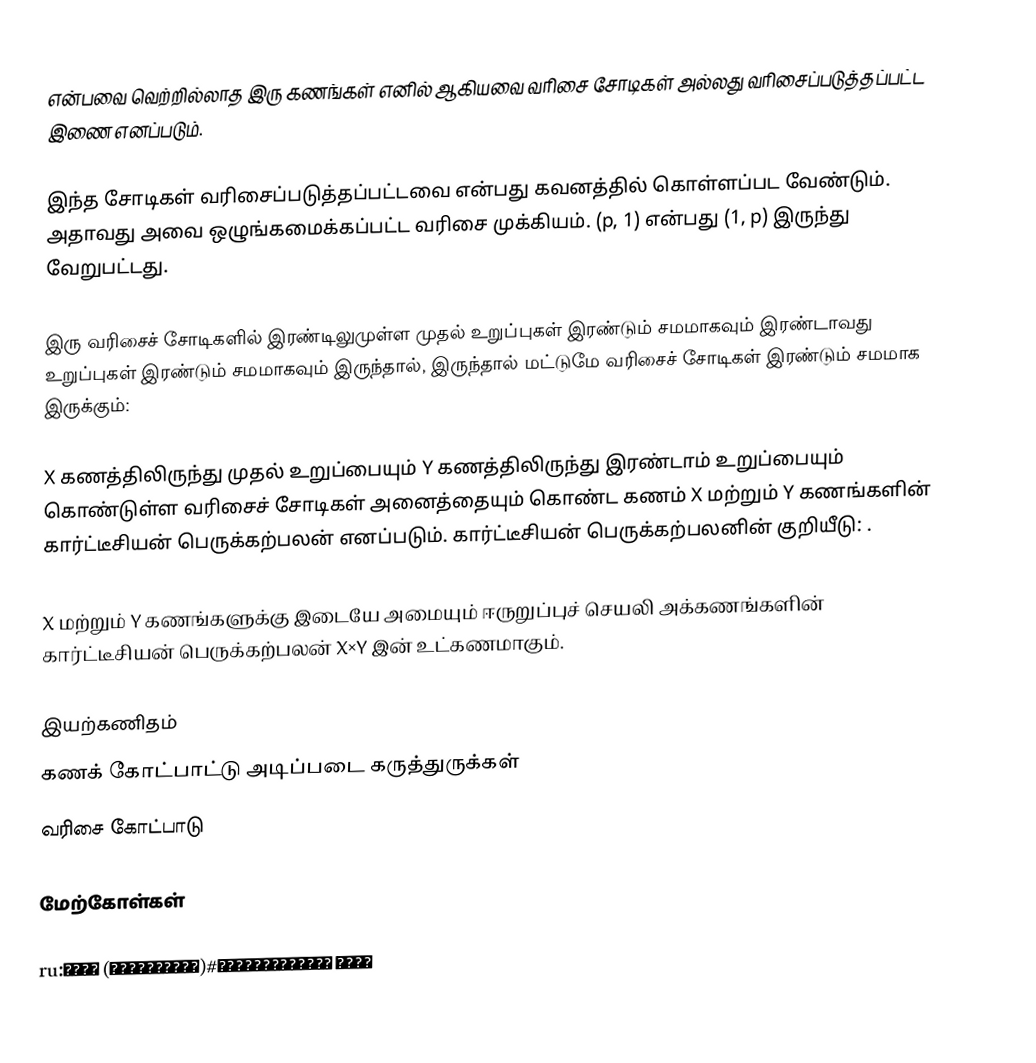
என்பவை வெற்றில்லாத இரு கணங்கள் எனில்  ஆகியவை வரிசை சோடிகள் அல்லது வரிசைப்படுத்தப்பட்ட இணை எனப்படும்.

இந்த சோடிகள் வரிசைப்படுத்தப்பட்டவை என்பது கவனத்தில் கொள்ளப்பட வேண்டும். அதாவது அவை ஒழுங்கமைக்கப்பட்ட வரிசை முக்கியம். (p, 1) என்பது (1, p) இருந்து வேறுபட்டது.

இரு வரிசைச் சோடிகளில் இரண்டிலுமுள்ள முதல் உறுப்புகள் இரண்டும் சமமாகவும்  இரண்டாவது உறுப்புகள் இரண்டும் சமமாகவும் இருந்தால், இருந்தால் மட்டுமே வரிசைச் சோடிகள் இரண்டும் சமமாக இருக்கும்:

X கணத்திலிருந்து முதல் உறுப்பையும் Y கணத்திலிருந்து இரண்டாம் உறுப்பையும் கொண்டுள்ள வரிசைச் சோடிகள் அனைத்தையும் கொண்ட கணம்  X மற்றும் Y கணங்களின் கார்ட்டீசியன் பெருக்கற்பலன் எனப்படும். கார்ட்டீசியன் பெருக்கற்பலனின் குறியீடு: .

X மற்றும் Y கணங்களுக்கு இடையே அமையும் ஈருறுப்புச் செயலி அக்கணங்களின் கார்ட்டீசியன் பெருக்கற்பலன் X×Y இன் உட்கணமாகும்.

இயற்கணிதம்
கணக் கோட்பாட்டு அடிப்படை கருத்துருக்கள்
வரிசை கோட்பாடு

மேற்கோள்கள்

ru:Пара (математика)#Упорядоченная пара